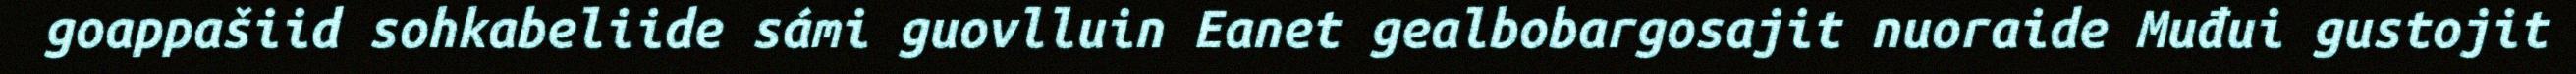
goappašiid sohkabeliide sámi guovlluin Eanet gealbobargosajit nuoraide Muđui gustojit